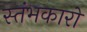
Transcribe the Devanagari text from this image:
स्‍तंभकारों